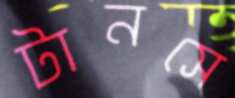
টানসে